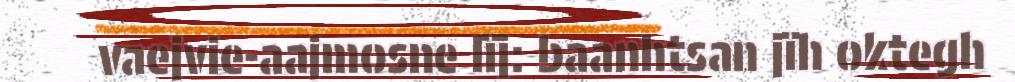
vaejvie-aajmosne lïj: baanhtsan jïh oktegh